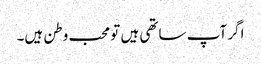
اگر آپ ساتھی ہیں تو محب وطن ہیں۔